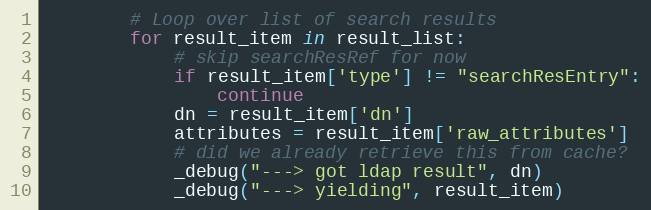
Language: Python
        # Loop over list of search results
        for result_item in result_list:
            # skip searchResRef for now
            if result_item['type'] != "searchResEntry":
                continue
            dn = result_item['dn']
            attributes = result_item['raw_attributes']
            # did we already retrieve this from cache?
            _debug("---> got ldap result", dn)
            _debug("---> yielding", result_item)